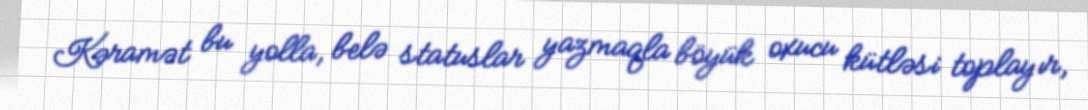
Kəramət bu yolla, belə statuslar yazmaqla böyük oxucu kütləsi toplayır,